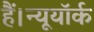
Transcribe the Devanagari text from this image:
हैं।न्यूयॉर्क